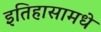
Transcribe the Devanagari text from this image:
इतिहासामधे